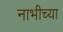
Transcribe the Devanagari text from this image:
नाभीच्या